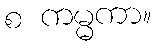
စ ကမ္မကာ။